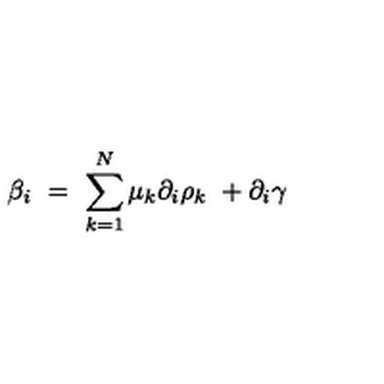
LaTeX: \beta _ { i } \ = \ \sum _ { k = 1 } ^ { N } \mu _ { k } \partial _ { i } \rho _ { k } \ + \partial _ { i } \gamma